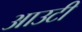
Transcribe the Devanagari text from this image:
आउटी